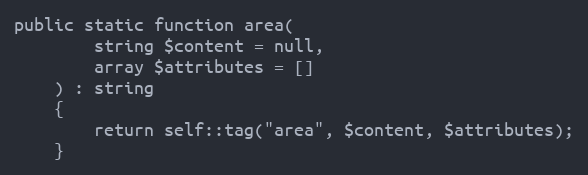
Language: PHP
public static function area(
        string $content = null,
        array $attributes = []
    ) : string
    {
        return self::tag("area", $content, $attributes);
    }